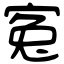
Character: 寃